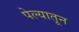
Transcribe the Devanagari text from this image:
पेल्यातून